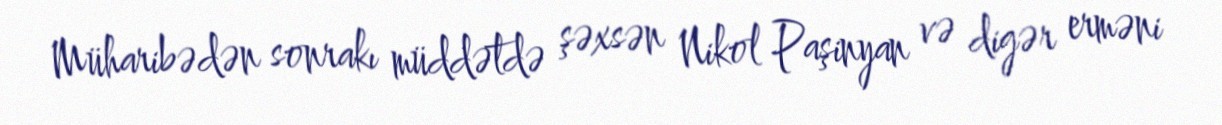
Müharibədən sonrakı müddətdə şəxsən Nikol Paşinyan və digər erməni